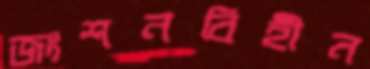
জংশনবিহীন